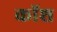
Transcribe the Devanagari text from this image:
कॉश